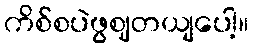
ကိစ်စပဲဖွဈတယျပေါ့။